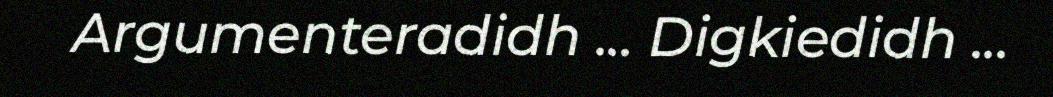
Argumenteradidh ... Digkiedidh ...